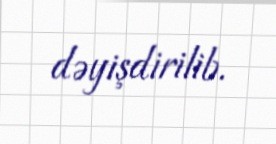
dəyişdirilib.